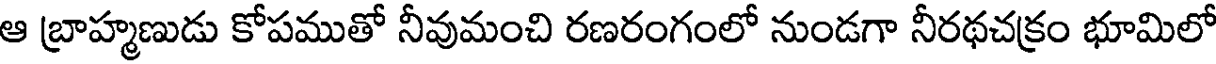
ఆ బ్రాహ్మణుడు కోపముతో నీవుమంచి రణరంగంలో నుండగా నీరథచక్రం భూమిలో